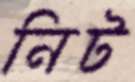
নিট